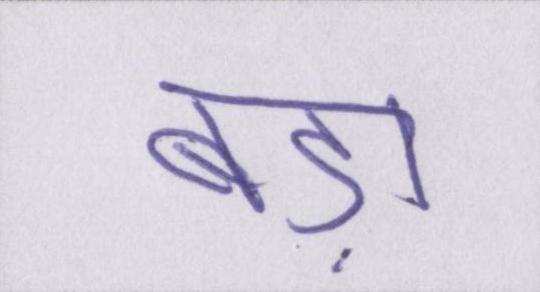
बड़ा